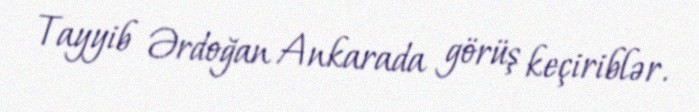
Tayyib Ərdoğan Ankarada görüş keçiriblər.